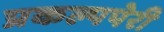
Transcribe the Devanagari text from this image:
प्रकल्पपेरी